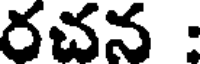
రచన :